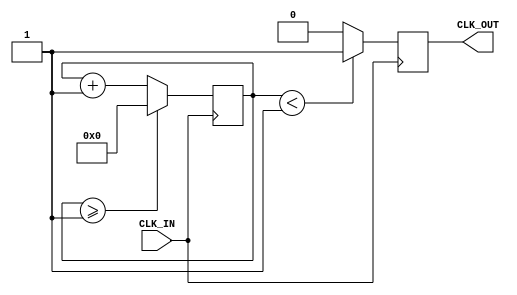
`timescale 1ns / 1ps
//////////////////////////////////////////////////////////////////////////////////
// Company: 
// Engineer: 
// 
// Design Name: 
// Module Name: Clock_divider
// Project Name: 
// Target Devices: 
// Tool Versions: 
// Description: 
// 
// Dependencies: 
// 
// Revision:
// Revision 0.01 - File Created
// Additional Comments:
// 
//////////////////////////////////////////////////////////////////////////////////


module Clock_divider(
    input CLK_IN,
    output reg CLK_OUT
    );
reg[27:0] counter=28'd0;
parameter DIVISOR = 28'd2;
always @(posedge CLK_IN)
begin
counter <= counter + 28'd1; 
if(counter >= ( DIVISOR-1 ) )
counter <= 28'd0; 
CLK_OUT <= ( counter < DIVISOR >> 1 )? 1'b1 : 1'b0;
end
endmodule